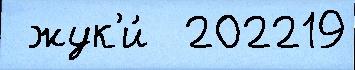
 жук'и́  202219